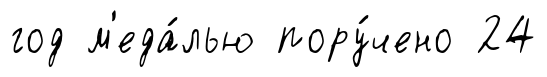
год м'еда́лью пору́чено 24